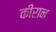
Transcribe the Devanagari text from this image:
कीरान